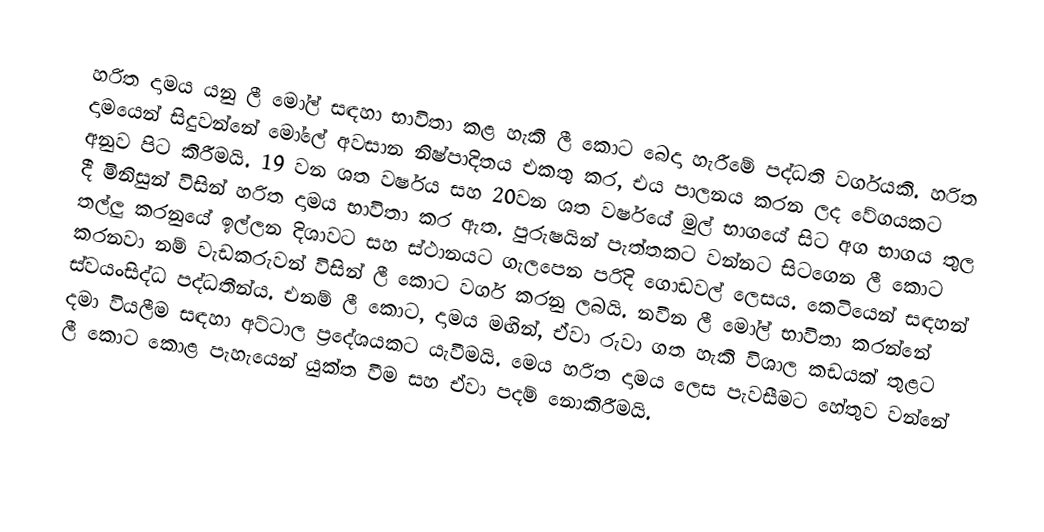
හරිත දාමය යනු ලී මෝල් සඳහා භාවිතා කළ හැකි ලී කොට බෙදා හැරීමේ පද්ධති වර්ගයකි. හරිත දාමයෙන් සිදුවන්නේ මෝලේ අවසාන නිෂ්පාදිතය එකතු කර, එය පාලනය කරන ලද වේගයකට අනුව පිට කිරීමයි. 19 වන ශත වර්ෂය සහ 20වන ශත වර්ෂයේ මුල් භාගයේ සිට අග භාගය තුල දී මිනිසුන් විසින් හරිත දාමය භාවිතා කර ඇත. පුරුෂයින් පැත්තකට වන්නට සිටගෙන ලී කොට තල්ලු කරනුයේ ඉල්ලන දිශාවට සහ ස්ථානයට ගැලපෙන පරිදි ගොඩවල් ලෙසය. කෙටියෙන් සඳහන් කරනවා නම් වැඩකරුවන් විසින් ලී කොට වර්ග කරනු ලබයි. නවීන ‍ලී මෝල් භාවිතා කරන්නේ ස්වයංසිද්ධ පද්ධතීන්ය. එනම් ලී කොට, දාමය මඟින්, ඒවා රුවා ගත හැකි විශාල කඩයක් තුළට දමා වියලීම සඳහා අට්ටාල ප්‍රදේශයකට යැවීමයි. මෙය හරිත දාමය ලෙස පැවසීමට හේතුව වන්නේ ලී කොට කොළ පැහැයෙන් යුක්ත වීම සහ ඒවා පදම් නොකිරීමයි.